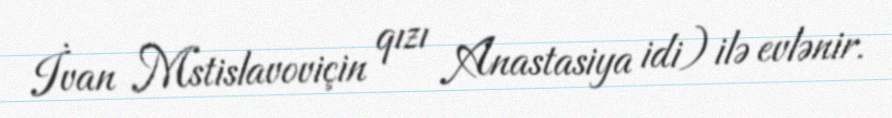
İvan Mstislavoviçin qızı Anastasiya idi) ilə evlənir.